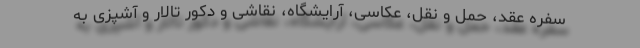
سفره عقد، حمل و نقل، عکاسی، آرایشگاه، نقاشی و دکور تالار و آشپزی به